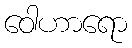
ဝေါဟာရော